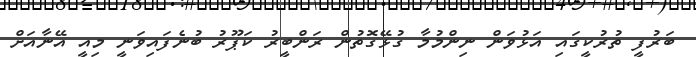
ބަރުފީ ތުރުކީގައި އަޅުވަން ނިންމުމާ ގުޅޭގޮތުން ރަންބީރު ކަޕޫރު ބުނެފައިވަނީ މިއީ އޭނާއަށް